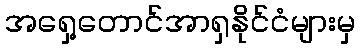
အရှေ့တောင်အာရှနိုင်ငံများမှ